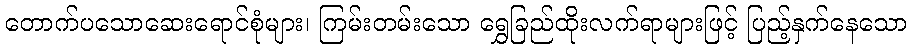
တောက်ပသောဆေးရောင်စုံများ၊ ကြမ်းတမ်းသော ရွှေခြည်ထိုးလက်ရာများဖြင့် ပြည့်နှက်နေသော